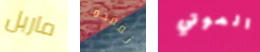
ماربل نفقده الموتي